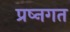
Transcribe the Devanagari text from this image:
प्रष्नगत